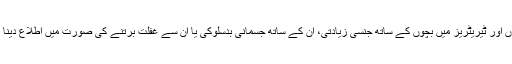
تمام ریاستوں اور ٹیریٹریز میں بچوں کے ساتھ جنسی زیادتی، ان کے ساتھ جسمانی بدسلوکی یا ان سے غفلت برتنے کی صورت میں اطلاع دینا لازمی ہے۔